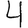
Digit: 4